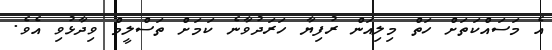
އެ މަސައްކަތަށް ހަތް މިލިއަން ރުފިޔާ ހަރަދުވާނެ ކަމަށް ތަސްލީމް ވިދާޅުވި އެވެ.